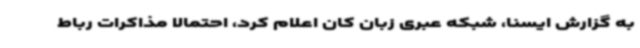
به گزارش ایسنا، شبکه عبری زبان کان اعلام کرد، احتمالا مذاکرات رباط